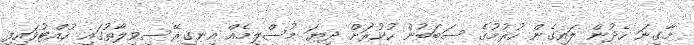
މާގިނަ ހެދުން ލައިގެން ހުރުމުގެ ސަބަބުން ހުކުރަށް ދިޔަ މުސްލިމެއް އިނގިރޭސިވިލާތުގައި ހުއްޓުވައިފި